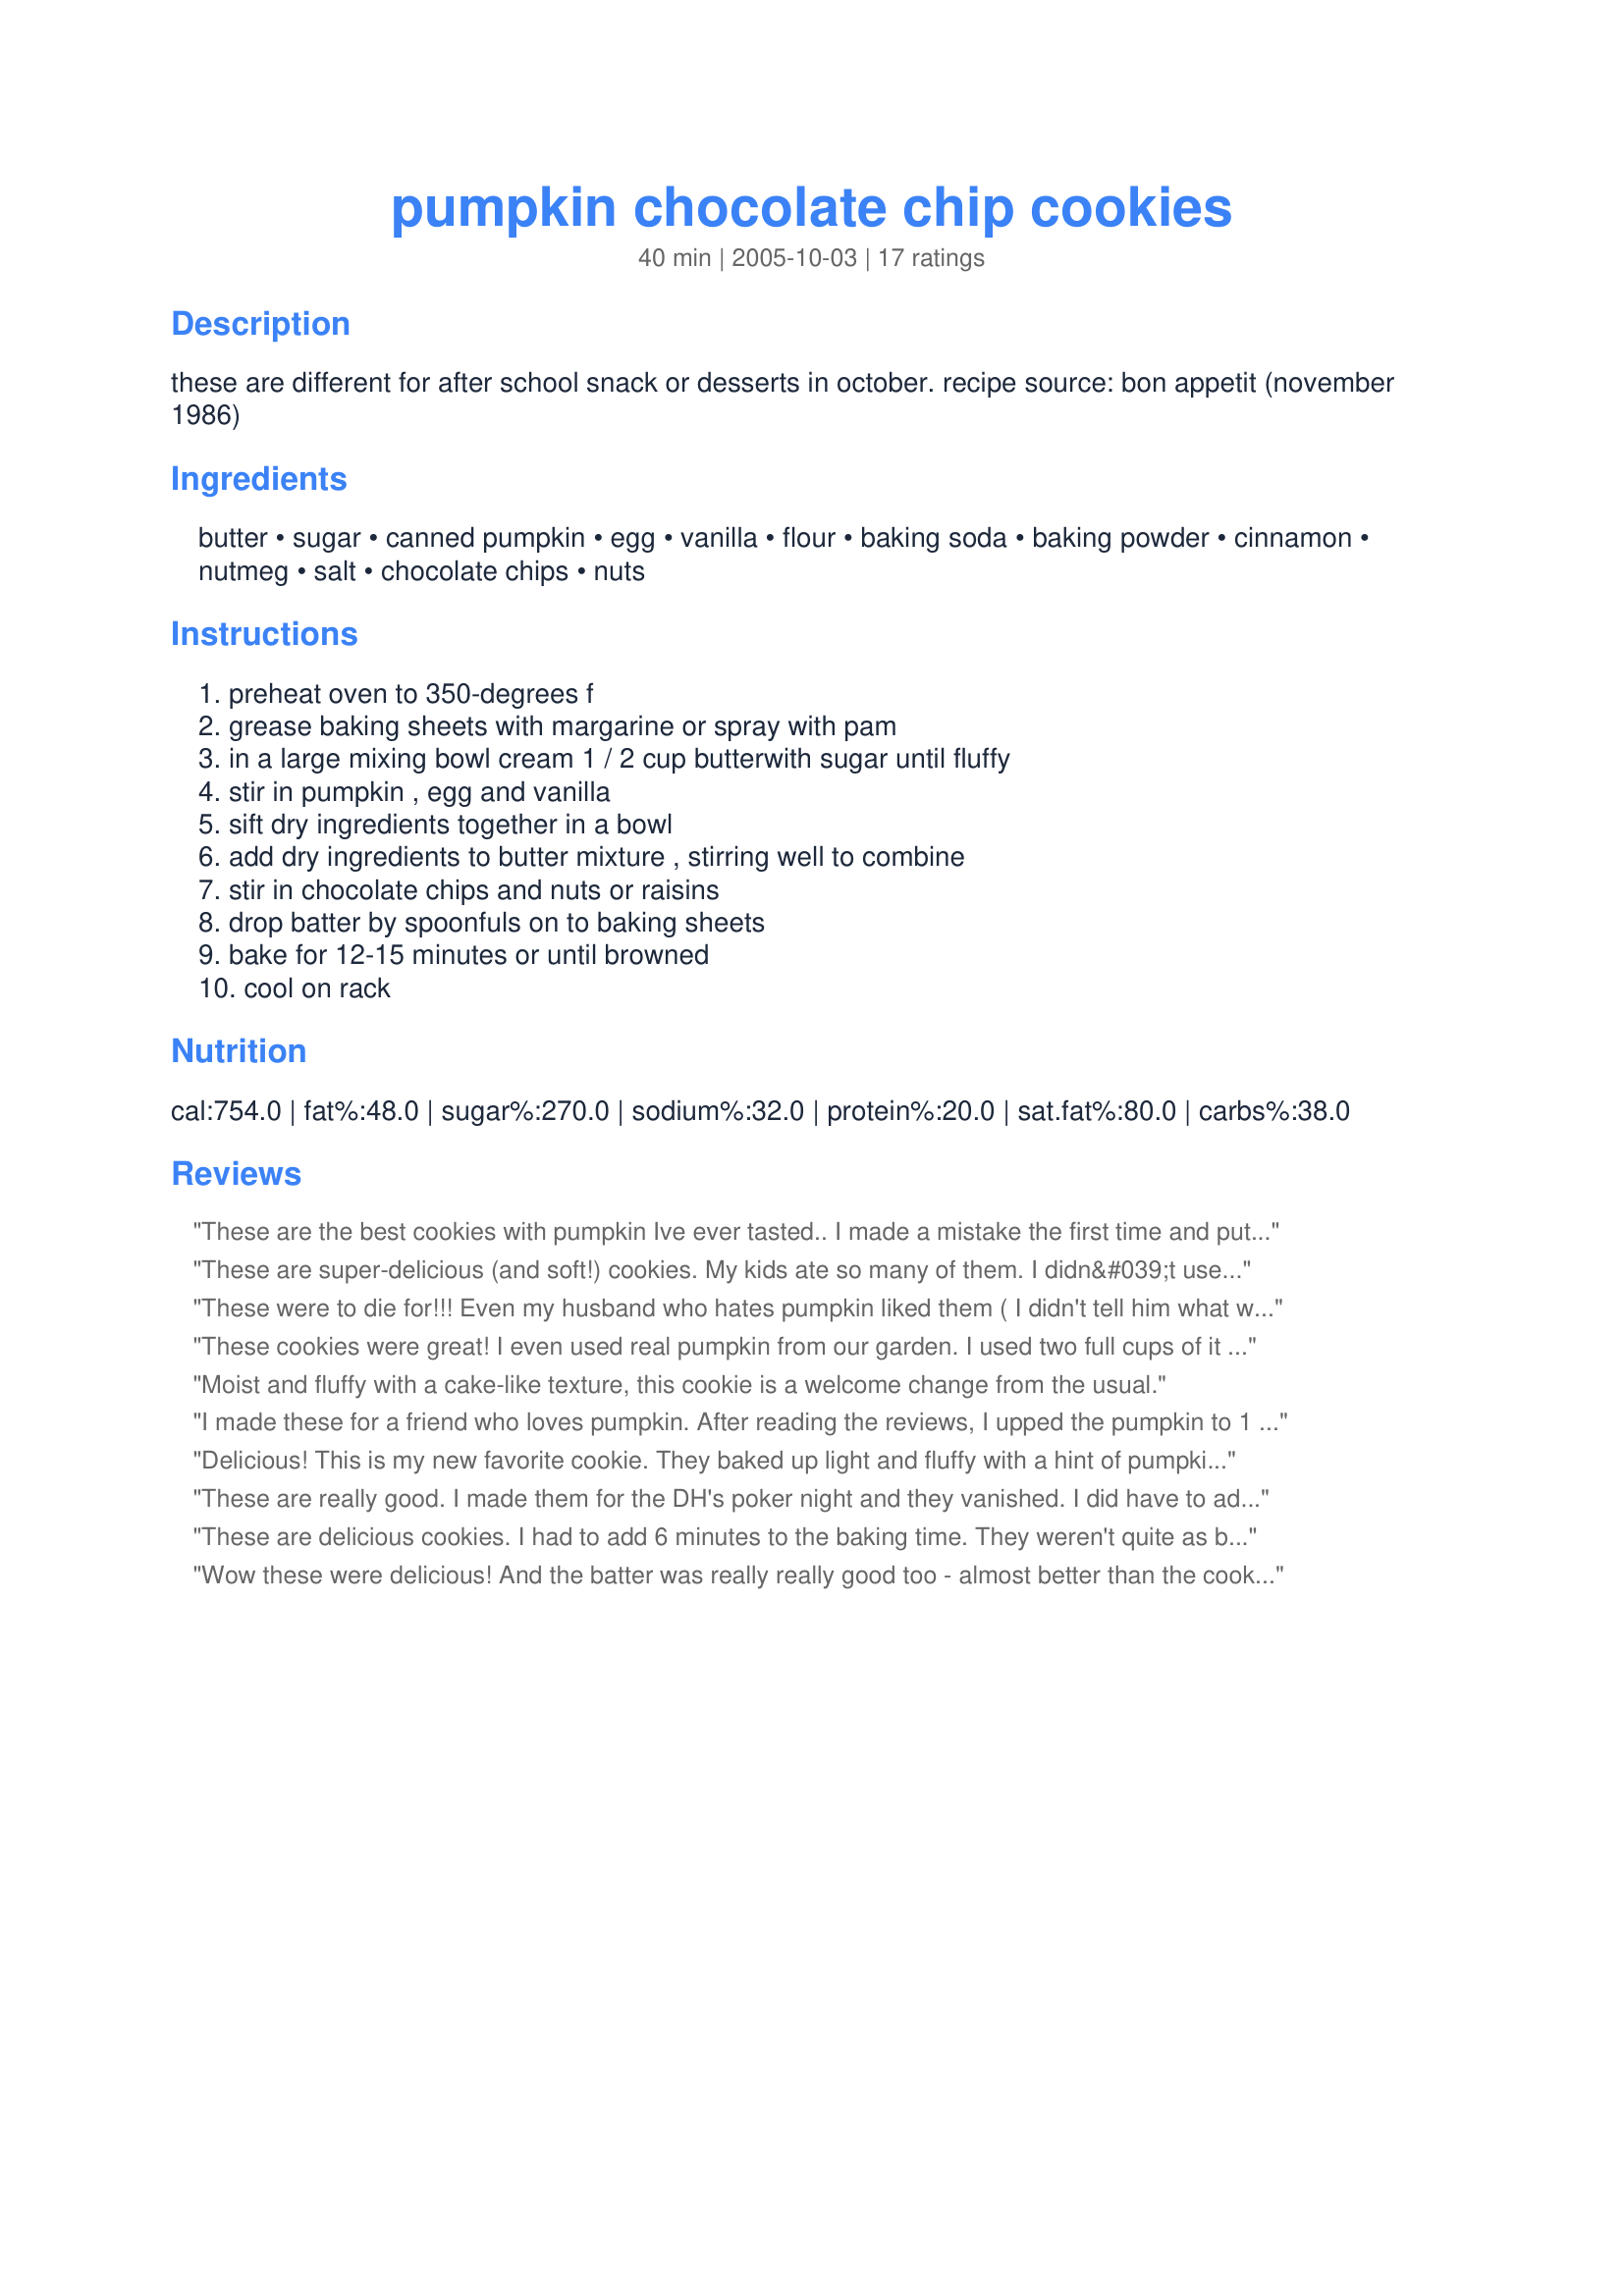
pumpkin chocolate chip cookies
Preparation time: 40 minutes

these are different for after school snack or desserts in october. recipe source: bon appetit (november 1986)

Ingredients:
butter, sugar, canned pumpkin, egg, vanilla, flour, baking soda, baking powder, cinnamon, nutmeg, salt, chocolate chips, nuts

Steps:
preheat oven to 350-degrees f, grease baking sheets with margarine or spray with pam, in a large mixing bowl cream 1 / 2 cup butterwith sugar until fluffy, stir in pumpkin , egg and vanilla, sift dry ingredients together in a bowl, add dry ingredients to butter mixture , stirring well to combine, stir in chocolate chips and nuts or raisins, drop batter by spoonfuls on to baking sheets, bake for 12-15 minutes or until browned, cool on rack

Reviews:
These are the best cookies with pumpkin Ive ever tasted.. I made a mistake the first time and put in a whole can of pumpkin and they were still great.. Definitely a winner..
These are super-delicious (and soft!) cookies. My kids ate so many of them. I didn&#039;t use chocolate chips, though -- just raisins. These will definitely be made again and again in this house.
These were to die for!!! Even my husband who hates pumpkin liked them ( I didn't tell him what was in them until after he ate 3 of them!) I used white and chocolate swirl chips instead of all chocolate...I also under baked them a bit to keep them soft and chewy...Thanks for this wonderful recipe...I will making it often!!
These cookies were great! I even used real pumpkin from our garden. I used two full cups of it (cooked and pureed) as oppose to one can from the store. Very light and fluffy cookies. I will definitely be making these again.
Moist and fluffy with a cake-like texture, this cookie is a welcome change from the usual.
I made these for a friend who loves pumpkin. After reading the reviews, I upped the pumpkin to 1 1/2 cups (made a very moist cookie), and used 1 1/2 tsp pumpkin pie spice instead of the cinnamon &amp; nutmeg. I baked for 12 minutes but am thinking 11 min would have been better. And I didn&#039;t use raisins or nuts. Thanks for sharing!
Delicious! This is my new favorite cookie. They baked up light and fluffy with a hint of pumpkin. I ommitted the nutmeg. My 4-year-old daughter loved them too!
These are really good. I made them for the DH's poker night and they vanished. I did have to add 10 minutes to the baking time, so watch them closely. The time will vary depending on your oven.
These are delicious cookies. I had to add 6 minutes to the baking time. They weren't quite as bright and pumpkiny as I was hoping, I'm trying to find something similar to cookies I got at a bakery in College. Oddly enough, I thought they tasted much better when cold the next day.
Wow these were delicious! And the batter was really really good too - almost better than the cookies :) I used Libby's pumpkin pie mix so I didn't include the spices because it was already spiced. Worked out perfectly!
Yum! I made these for a church bake sale. They are easy to put together, and I always have these ingredients on hand. They are wonderful fresh from the oven, but they taste great once they've cooled too. I followed the recipe exactly (except I halved the nutmeg b/c I don't like it so strong) and did not use nuts or raisins. I used a 2 oz coffee scoop to form my cookies and they were perfectly cooked in 14 minutes. The only issue I have is that it doesnt taste as pumpkin-y as I'd hoped, so I'll probably add another 1/2 c of pumpkin next time and see if that flavor can come through a little more. Thanks for the recipe tho, I'm sure they'll be a big hit at the bake sale.
holy CRAP! these are soooooo good and even better than i expected. even my husband, who was skeptical at the combo of pumpkin and chocolate, liked them. i usually prefer crunchy, not soft cookies, but these were awesome. only thing i did different was i used sucanat instead of sugar and about 3/4 t. nutmeg. oh yeah, and more chocolate!! thanks ellie!
Yum! Made these from a leftover can of pumpkin and couldn't be more pleased! Not to sweet. Great with semi-sweet chocolate chips. I added a little more flour than called for and next time I will use a little less nutmeg. Thanks!
they are best fresh - even a half of a day later they loose any of that baked crunchy outside and become uniformly soft. but, when you have that in mind, they are delicious. i can taste the pumpkin. i might alter it to have more spices.
Only a 4 because they just aren't pretty cookies. They definitely are ADDICTIVE, though, and I am not usually one for sweets! I made the recipe exactly as directed (they ARE a bit sticky, can't imagine putting them through a press, although I don't have one...) and I did add the chips and nuts. YUM! Thanks so much, Ellie! :-)
These are very good cookies. I used white chocolate chips and the whole family loved them. It's a soft cookie with a light pumpkin taste. I threw out my old recipe and will be using this one from now on.
Excellent and kids loved it and didnt even realize they got a healthy dose of vitamin a! Thankyou...did halve the nutmeg and used milk chocolate chips.
